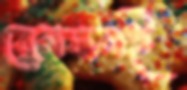
ব্রেনসনই